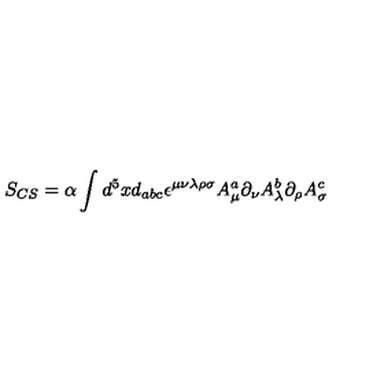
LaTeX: S _ { C S } = \alpha \int d ^ { 5 } x d _ { a b c } \epsilon ^ { \mu \nu \lambda \rho \sigma } A _ { \mu } ^ { a } \partial _ { \nu } A _ { \lambda } ^ { b } \partial _ { \rho } A _ { \sigma } ^ { c }